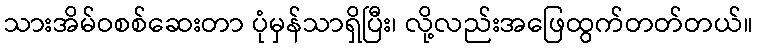
သားအိမ်ဝစစ်ဆေးတာ ပုံမှန်သာရှိပြီး၊ လို့လည်းအဖြေထွက်တတ်တယ်။